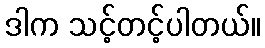
ဒါက သင့်တင့်ပါတယ်။